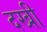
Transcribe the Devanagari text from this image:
दखी